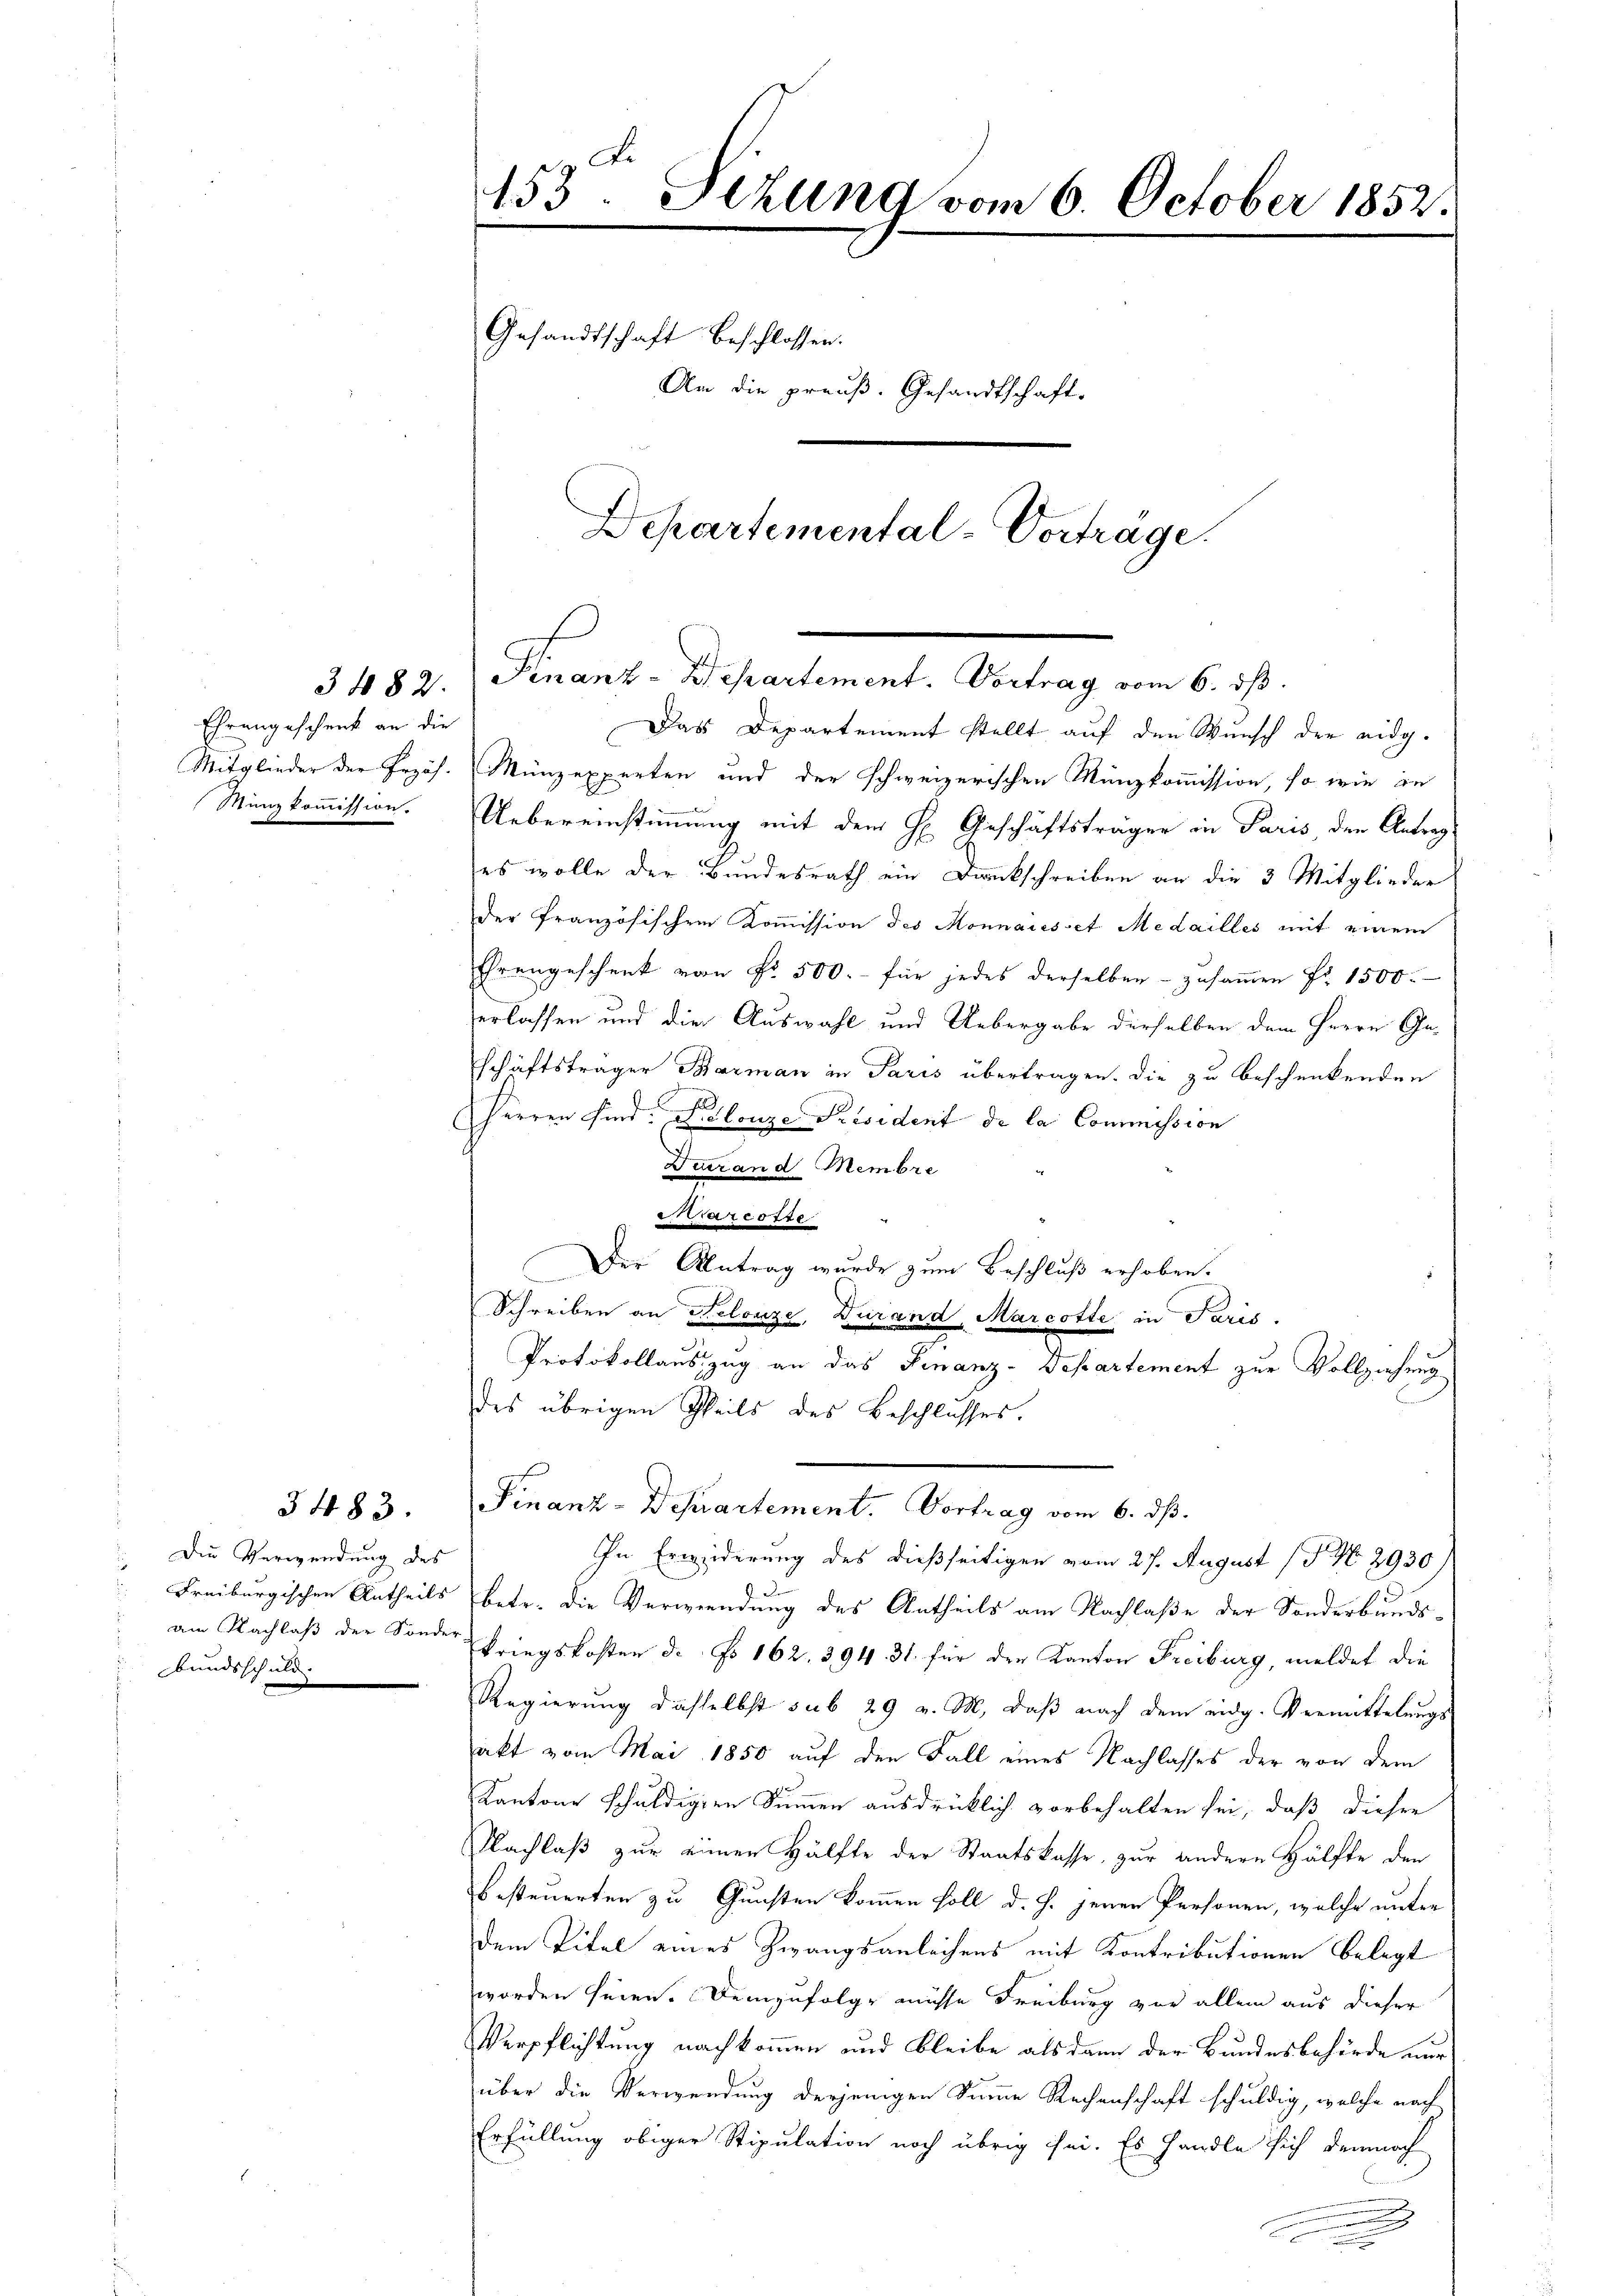
Ehrengeschenk an die
Minzkommission.

Die Verwendung des
Bundsschuld.

3483.

153. Sizung vom 6. October 1852.
Gesandtschaft beschlossen.
Am
die pre
uß. Gesandtschaft.
Departemental-Vortrage.

3482. Finanz-Departement. Vortrag vom 6. ds.

Das Departement stellt auf den Wunsch der eidg.
Mitglieder der Przös. Münzexperten und der schweizerischen Manzkommission, so wie in
Uebereinstimmung mit dem H. Geschäftsträger in Paris, den Antrag
es wolle der Bundesrath ein Druckschreiben an die 3 Mitglieder
der französischen Kommission des Monnaisset Medailles mit einem
Ehrengeschenk von Nr. 500.- für jedes derselben - zusammen Fr. 1500.
erlassen und die Auswahl und Uebergabe derselben dem Herrn Geschäftsträger Barman in Paris übertragen. Die zu beschenkenden
Herren sind: Kolonze Président de la Commission
Duerand Membre
warcotte
Der Antrag wurde zum Beschluß erhoben.
Schreiben an Kelonze, Durand, Marcotte in Paris.
Protokollauszug an das Finanz-Departement zur Vollziehung
des übrigen Theils des Beschlusses.
Finanz-Departement. Vortrag vom 6. ds.
In Erwiederung des dießseitigen vom 27. August 18. No. 2930)
Freiburgischen Antheils betr. die Verwendung des Urtheils am Nachlaße der Sonderbundsam Nachlaß der Sonder Kriegskosten d. No 162. 394. 31. für der Kanton Freiburg, meldet die
Regierung dasselbst sub 29 v. M., daß nach dem eidg. Vermittelungs-
sakt vom Mai 1850 auf den Fall eines Nachlasses der von dem
Kantone schuldigten Summen ausdrücklich vorbehalten sei, daß dieser
Nachlaß zur einer Hälfte der Staatskasse, zur andere Hälfte den
besteuerten zu Gunsten kommen soll d. h. jenen Personen, welche unter
dem Titel eines Zwangsanleihens mit Kontributionen belegt
worden seien. Demzufolge müsse Freiburg vor allem aus dieser
Verpflichtung nachkommen und bleibe als dann der Bundesbehörde nur
über die Verwendung derjenigen Summe Rechenschaft schuldig, welche nach
Erfüllung obiger Stipulation noch übrig sei. Es handle sich demnach
2
S